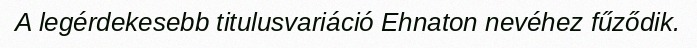
A legérdekesebb titulusvariáció Ehnaton nevéhez fűződik.